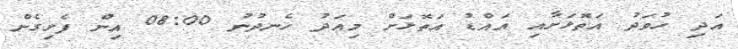
އަދި ހުވަދު އަތޮޅަށާއި އައްޑު އަތޮޅަށް މިއަދު ހެނދުނު 08:00 އިން ފެށިގެން